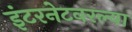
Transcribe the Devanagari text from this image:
इंटरनेटवरल्या